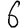
Digit: 6